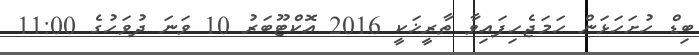
ބިޑް ހުށަހަޅަން ހަމަޖެހިފައިވާ ތާރީޚަކީ 2016 އޮކްޓޫބަރު 10 ވަނަ ދުވަހުގެ 11:00